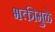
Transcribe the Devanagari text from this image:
भक्तीमुळे